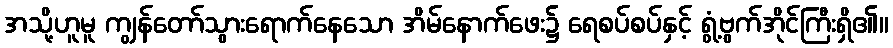
အသို့ဟူမူ ကျွန်တော်သွားရောက်နေသော အိမ်နောက်ဖေး၌ ရေစပ်စပ်နှင့် ရွံ့ဗွက်အိုင်ကြီးရှိ၏။